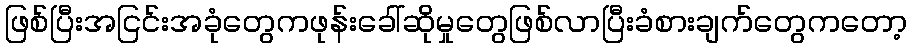
ဖြစ်ပြီးအငြင်းအခုံတွေကဖုန်းခေါ်ဆိုမှုတွေဖြစ်လာပြီးခံစားချက်တွေကတော့